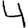
Digit: 4